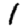
Digit: 1